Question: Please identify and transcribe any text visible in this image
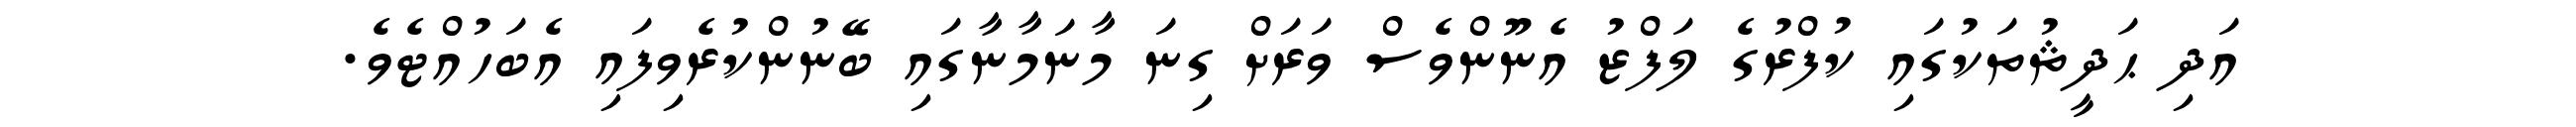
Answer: އަދި ޙަދީޘުތަކުގައި ކުފްރުގެ ލަފްޒު އެނޫންވެސް ވަރަށް ގިނަ މާނަމާނާގައި ބޭނުންކުރެވިފައި އެބަހުއްޓެވެ.